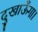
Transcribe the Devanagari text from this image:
दुखाऊँगा।